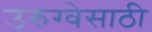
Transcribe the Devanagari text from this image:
उरुग्वेसाठी